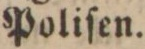
Poliſen.